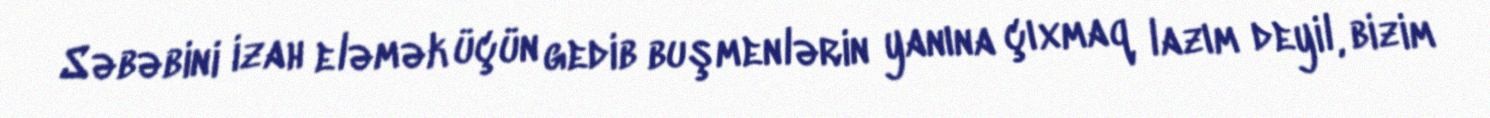
Səbəbini izah eləmək üçün gedib buşmenlərin yanına çıxmaq lazım deyil, bizim